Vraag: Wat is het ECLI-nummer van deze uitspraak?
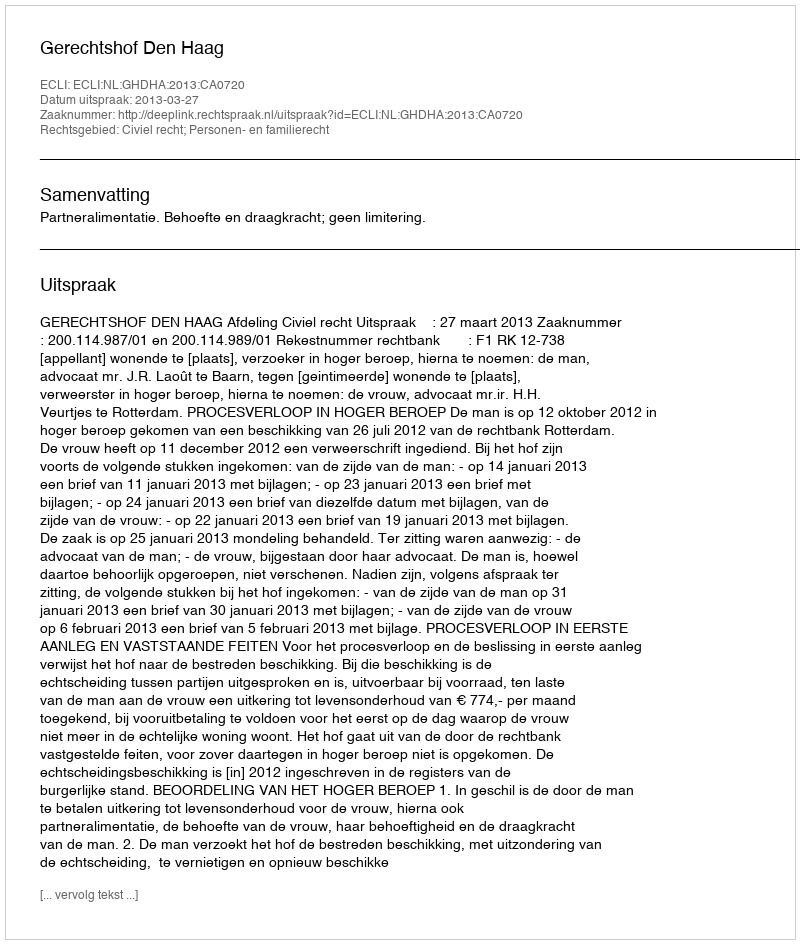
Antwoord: ECLI:NL:GHDHA:2013:CA0720